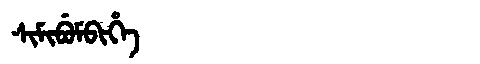
Manchu: ᠰᡳᠮᡳᠪᡠᠮᠪᡳᡥᡝ
Romanization: SIMIBUMBIHE